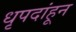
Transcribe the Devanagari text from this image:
धृपदांहून